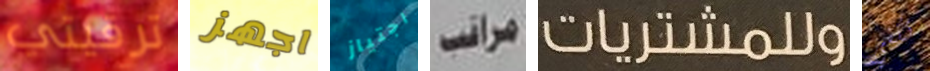
ترقيتي اجهز اجتياز مراقب وللمشتريات تكفي